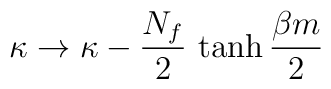
\kappa\rightarrow \kappa - {N_{f}\over 2}\,\tanh {\beta m\over 2}